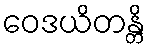
ဝေဒယိတန္တိ